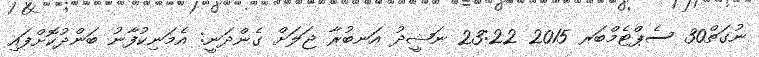
ނުގަތް30 ސެޕްޓެމްބަރ 2015 23:22 ނަޝީދު އަނބުރާ ޖަލަށް ގެންދަނީ: އެމަނިކުފާނު ބަންދުކޮށްފައި